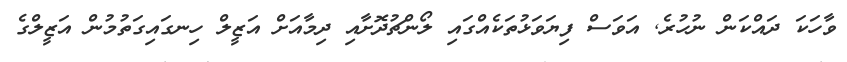
ވާހަކަ ދައްކަން ނުހުރެ